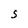
Character: S